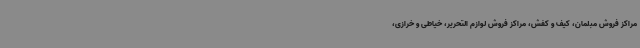
مراکز فروش مبلمان، کیف و کفش، مراکز فروش لوازم التحریر، خیاطی و خرازی،